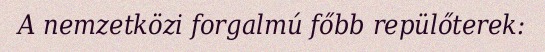
A nemzetközi forgalmú főbb repülőterek: